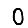
Digit: 0